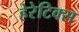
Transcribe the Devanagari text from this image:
हेरेटिक्स